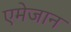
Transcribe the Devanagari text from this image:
एमेजान